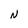
Character: N